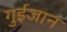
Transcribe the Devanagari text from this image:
गुईजान